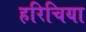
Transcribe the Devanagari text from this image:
हरिचिया